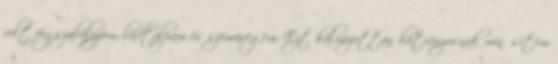
volt fogszabályzóm, lúdtalpam és szemüvegem. Ezt halmozottan hátrányosnak minősítem